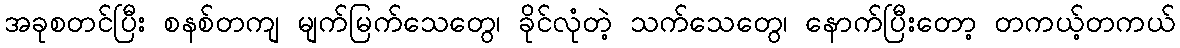
အခုစတင်ပြီး စနစ်တကျ မျက်မြက်သေတွေ၊ ခိုင်လုံတဲ့ သက်သေတွေ၊ နောက်ပြီးတော့ တကယ့်တကယ်